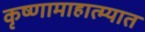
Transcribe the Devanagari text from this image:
कृष्णामाहात्म्यात